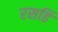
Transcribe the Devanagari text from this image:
रसहिं